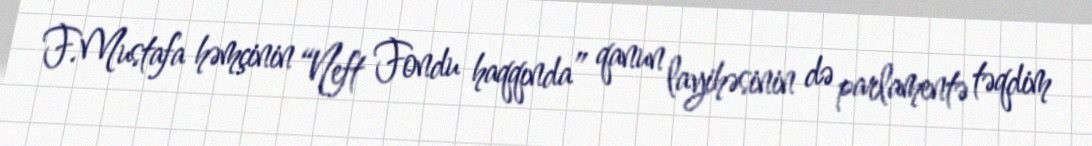
F.Mustafa həmçinin “Neft Fondu haqqında” qanun layihəsinin də parlamentə təqdim